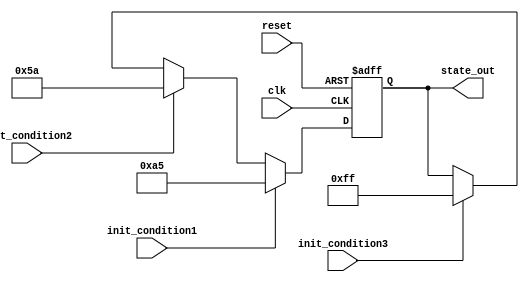
module ConditionalInitialization (
    input wire clk,            // Clock signal
    input wire reset,          // Reset signal
    input wire init_condition1, // Condition 1 for initialization
    input wire init_condition2, // Condition 2 for initialization
    input wire init_condition3, // Condition 3 for initialization
    output reg [7:0] state_out  // Output state
);

    // Internal registers for state holding
    reg [7:0] state_reg;

    // Initialization logic
    always @(posedge clk or posedge reset) begin
        if (reset) begin
            // Reset mechanism: Set to a known state
            state_reg <= 8'h00; // Default reset value
        end else begin
            // Conditional initialization based on input conditions
            if (init_condition1) begin
                state_reg <= 8'hA5; // Initialize to specific value for condition 1
            end else if (init_condition2) begin
                state_reg <= 8'h5A; // Initialize to specific value for condition 2
            end else if (init_condition3) begin
                state_reg <= 8'hFF; // Initialize to specific value for condition 3
            end else begin
                // Maintain current state if no conditions are met
                state_reg <= state_reg;
            end
        end
    end

    // Output logic
    always @(*) begin
        state_out = state_reg; // Update output based on state register
    end

endmodule